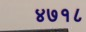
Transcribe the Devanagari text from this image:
४७१८